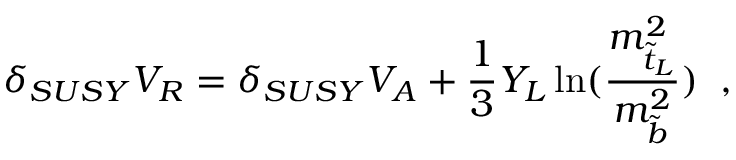
\delta _ { S U S Y } V _ { R } = \delta _ { S U S Y } V _ { A } + \frac { 1 } { 3 } Y _ { L } \ln ( \frac { m _ { \tilde { t } _ { L } } ^ { 2 } } { m _ { \tilde { b } } ^ { 2 } } ) \; \; ,